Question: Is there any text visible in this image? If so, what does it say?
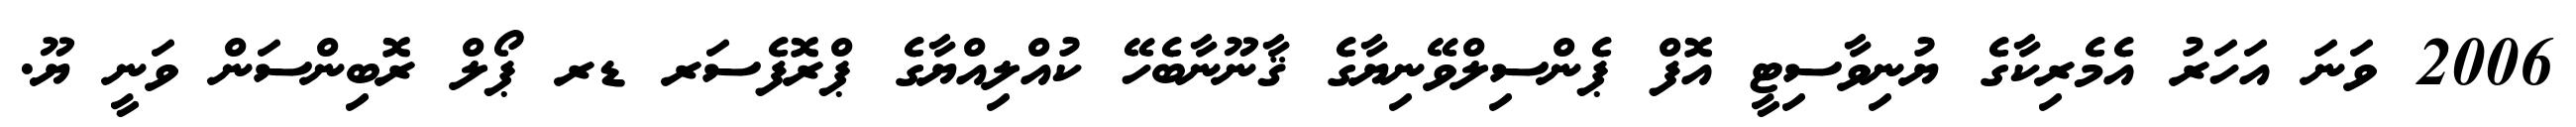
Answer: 2006 ވަނަ އަހަރު އެމެރިކާގެ ޔުނިވާސިޓީ އޮފް ޕެންސިލްވޭނިޔާގެ ޤާނޫނާބެހޭ ކުއްލިއްޔާގެ ޕްރޮފެސަރ ޑރ ޕޯލް ރޮބިންސަން ވަނީ ޔޫ.